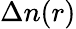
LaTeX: \Delta n(r)